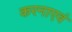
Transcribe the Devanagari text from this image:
करनाएवं